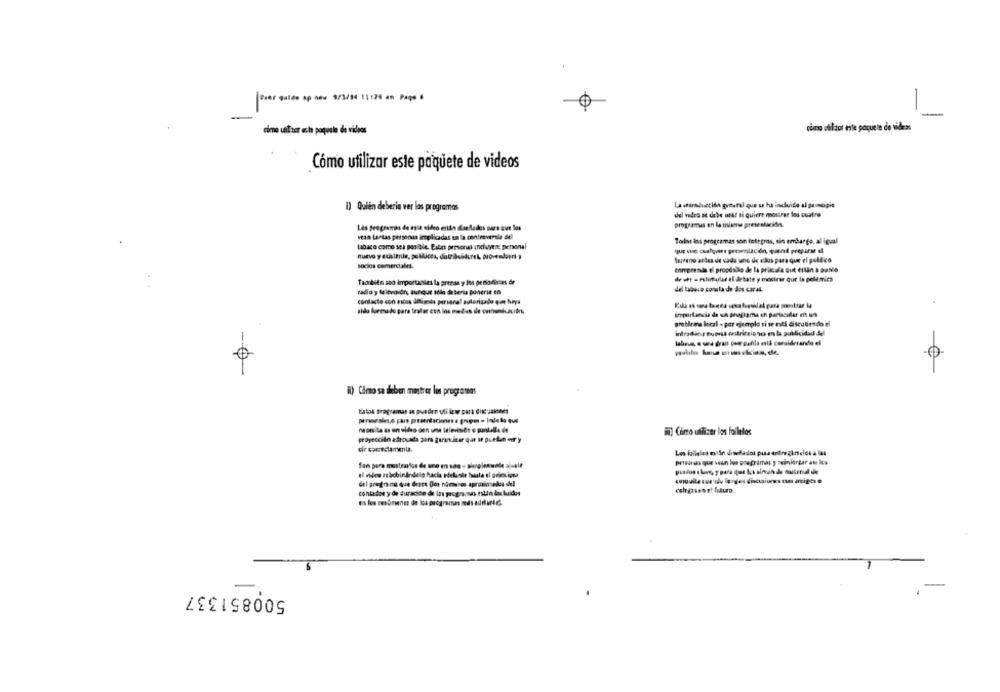
Pser galde ap neu 9/3/14 11170 an Page &
cimo utilizar este paquete de videos
cimo utilizar este paquete de videos
Cómo utilizar este paquete de videos
1) Quien deberia ver los programas
La dirductida guttural que ur ha induito al principio
del vidre ac debe urk! si quiere mostrar los cuatro
Les programas de asia video están disedados para que los
programas en la misma prese slacides.
van tantas personas implicadas en la controversia del
Todos ins programas son integras, sin embargo, al igual
tabaco como sea posible. Estas personas induseit personal
que one cuelgart presentación, quand preparar d
Serrano antes de cada uno de dios para que el gilles
socios comerciales.
migrenda el propdsão de la primala out cilin a Dare
Tambien soo importantes la prensa y Ins periodistas er
de ott - estimular el debate y mostrar que la pellemica
radio , Selerdidn, aunque sólo de beria ponerse en
del tabaco consta de dos caras.
contacto con miss ânimos personal autorizado non hoya
sido formado para tratar con los medios de communicacións.
importancia de sch programa ch partacidaf et un
problema local - por ejemplo si se esti discutiendo el
labrum, o sea dran over pahla está coralderando el
0
i) Camo se deben mestrer los programas
necesita as un video con una televiside o punkalla de
#] Como utilizar los folletos
proyección adecuada para garantizar que se puetun ery
Les falleles enviSn ditefados pus entre zineles a las
prisirds que vein los oneprimas y seinlargar an los
del programa que desee Dos números aprminsales skl
contador y de duración de los programas tolin dos luidos
es les mes ômenos de los programas mis addario ;.
500851337